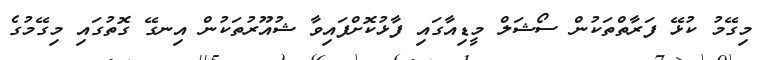
މިގޭމު ކުޅޭ ފަރާތްތަކުން ސޯޝަލް މީޑިއާގައި ފާޅުކޮށްފައިވާ ޝުއޫރުތަކުން އިނގޭ ގޮތުގައި މިގޭމުގެ